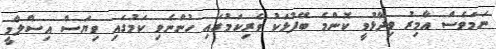
ނަމަވެސް އާމިރު ވިދާޅުވީ ކޮންމެ ބޭފުޅަކު ވެރިކަމުގައި ހުންނެވި ކަމުގައި ވިޔަސް އިސްލާމީ